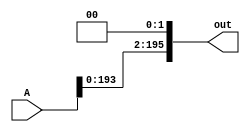
`define M     97          // M is the degree of the irreducible polynomial
`define WIDTH (2*`M-1)    // width for a GF(3^M) element
`define W2    (4*`M-1)    // width for a GF(3^{2*M}) element
`define W3    (6*`M-1)    // width for a GF(3^{3*M}) element
`define W6    (12*`M-1)   // width for a GF(3^{6*M}) element
`define PX    196'h4000000000000000000000000000000000000000001000002 // PX is the irreducible polynomial
`define ZERO {(2*`M){1'b0}}
`define TWO {(2*`M-2){1'b0}},2'b10
`define MOST 2*`M+1:2*`M

module func2(A, out);
    input [`WIDTH+2:0] A;
    output [`WIDTH+2:0] out;
    assign out = {A[`WIDTH:0], 2'd0};
endmodule